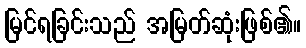
မြင်ရခြင်းသည် အမြတ်ဆုံးဖြစ်၏။